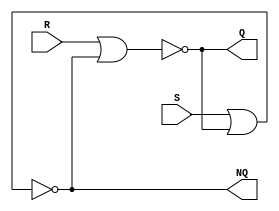
module Lab3_SR_Latch_gatelevel(
	output Q, NQ,
	input S, R);

	nor #2 G0( Q, R, NQ);
	nor #2 G1(NQ, S,  Q);
endmodule